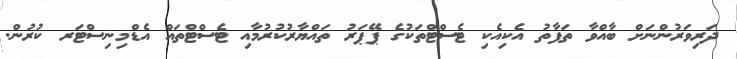
ދަރިވަރުންނަށް ބާއްވާ ތަފާތު އެކިއެކި ޓެސްޓްތަކުގެ ޕޭޕަރު ތައްޔާރުކުރުމާއި ޓެސްޓްތައް އެޑްމިނިސްޓަރ ކުރުން.